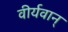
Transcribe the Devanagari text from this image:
वीर्यवान्‌